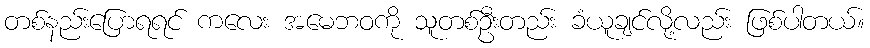
တစ်နည်းပြောရရင် ကလေး အမေဘဝကို သူတစ်ဦးတည်း ခံယူချင်လို့လည်း ဖြစ်ပါတယ်။